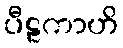
ပီဠကာဟိ